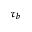
\tau _ { b }